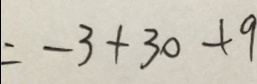
= - 3 + 3 0 + 9